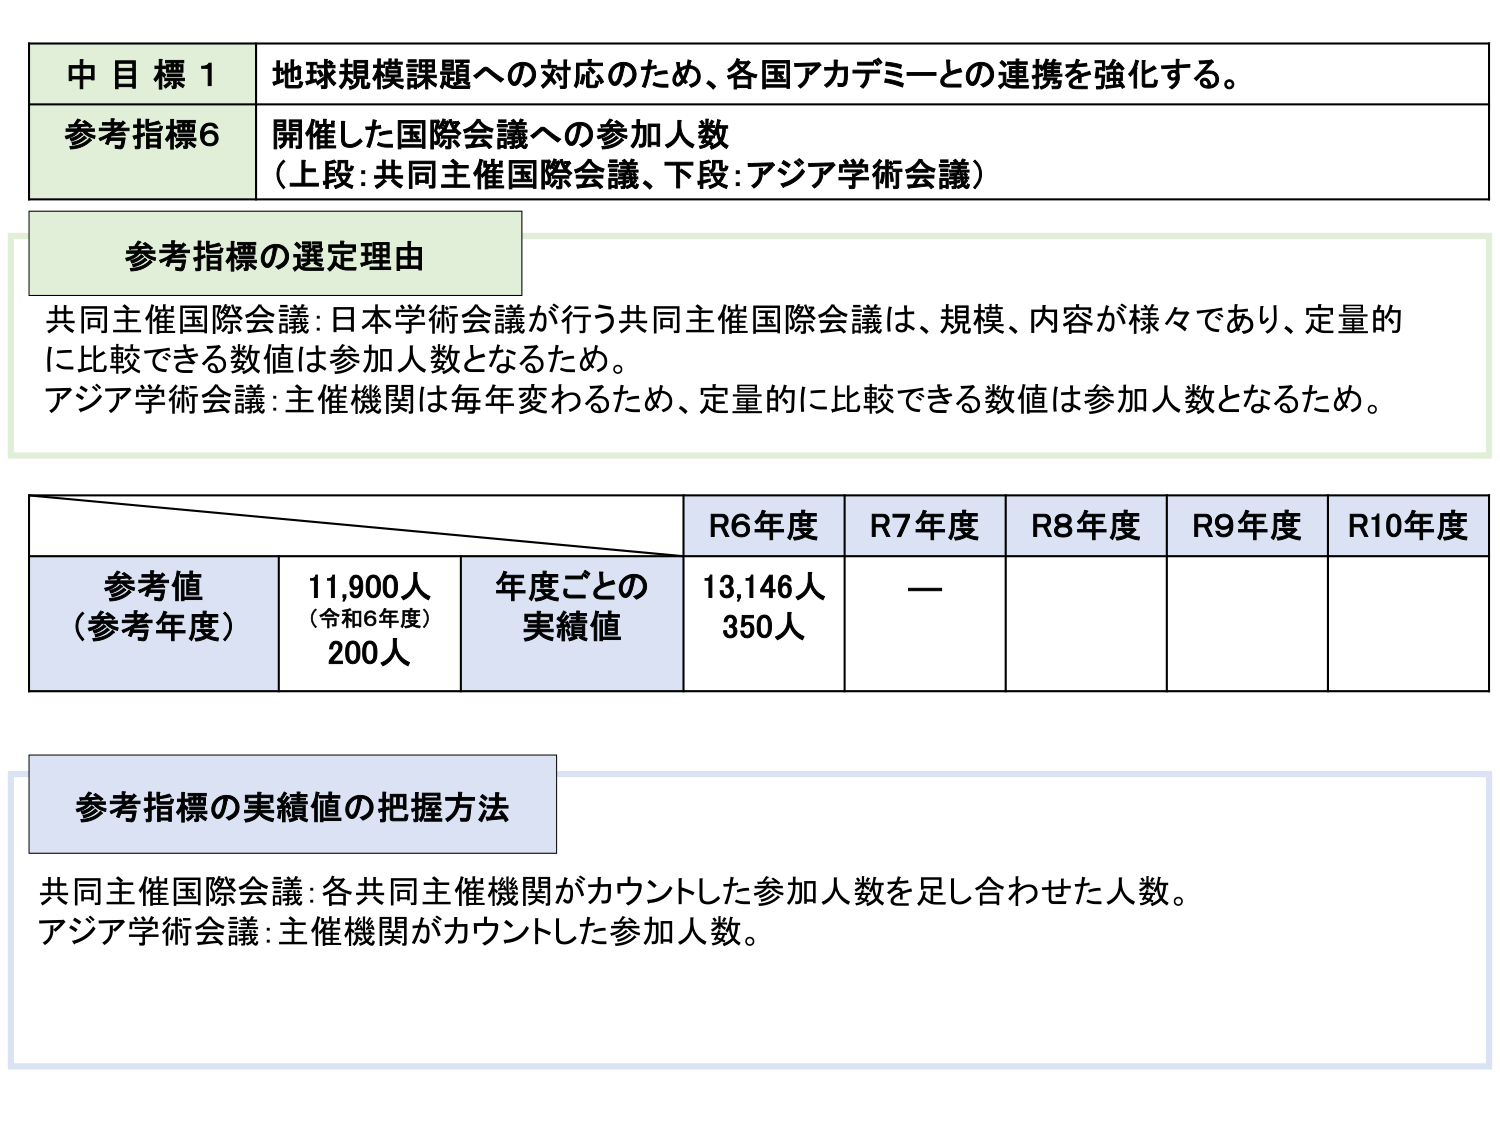
中目標1 地球規模課題への対応のため、各国アカデミーとの連携を強化する。
参考指標6 開催した国際会議への参加人数
（上段：共同主催国際会議、下段：アジア学術会議）
参考指標の選定理由
共同主催国際会議：日本学術会議が行う共同主催国際会議は、規模、内容が様々であり、定量的に比較できる数値は参加人数となるため。
アジア学術会議：主催機関は毎年変わるため、定量的に比較できる数値は参加人数となるため。
R6年度 R7年度 R8年度 R9年度 R10年度
参考値（参考年度） 11,900人（令和6年度） 200人 年度ごとの実績値 13,146人 350人 —
参考指標の実績値の把握方法
共同主催国際会議：各共同主催機関がカウントした参加人数を足し合わせた人数。
アジア学術会議：主催機関がカウントした参加人数。